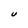
Character: U